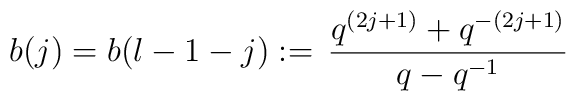
b(j)=b(l-1-j):=\,\frac {q^{(2j+1)}+q^{-(2j+1)}}{q-q^{-1}}